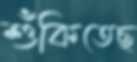
শুঁকিতেছ